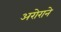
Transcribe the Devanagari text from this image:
अरोराने